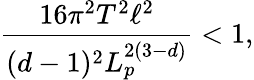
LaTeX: \frac{16\pi^{2}T^{2}\ell^{2}}{(d-1)^{2}L_{p}^{2(3-d)}}<1,